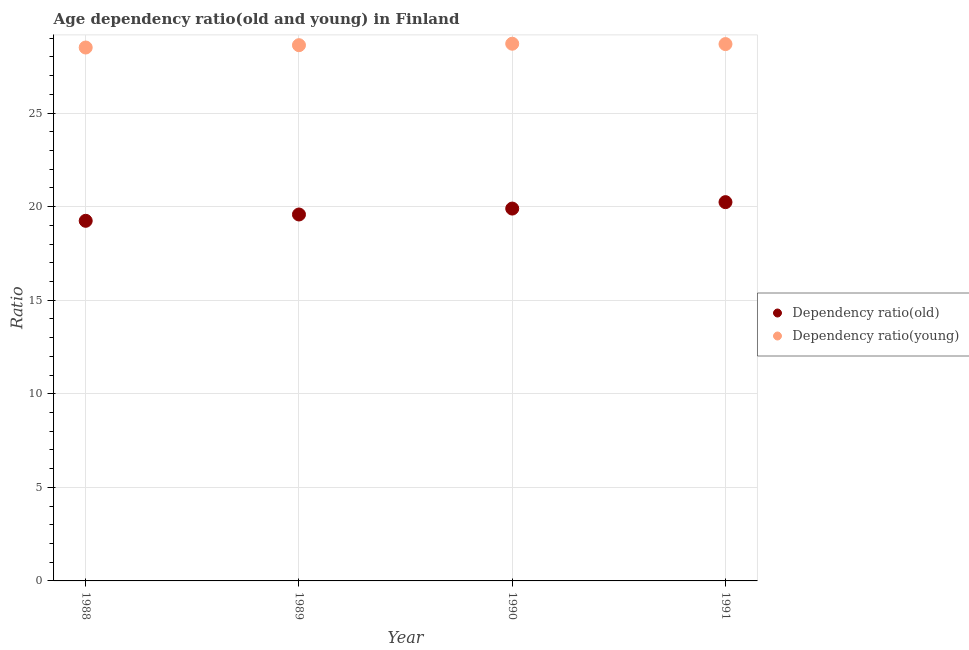
| Year | Dependency ratio(old) | Dependency ratio(young) |
 | --- | --- | --- |
 | 1988 | 19.2 | 28.5 |
 | 1989 | 19.6 | 28.6 |
 | 1990 | 19.9 | 28.7 |
 | 1991 | 20.2 | 28.7 |